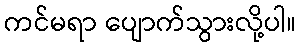
ကင်မရာ ပျောက်သွားလို့ပါ။